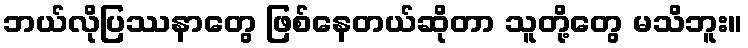
ဘယ်လိုပြဿနာတွေ ဖြစ်နေတယ်ဆိုတာ သူတို့တွေ မသိဘူး။